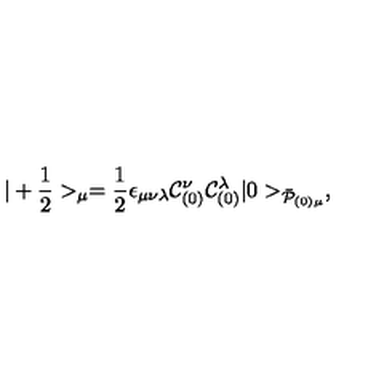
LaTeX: | + { \frac { 1 } { 2 } } > _ { \mu } = { \frac { 1 } { 2 } } \epsilon _ { \mu \nu \lambda } { \cal C } _ { ( 0 ) } ^ { \nu } { \cal C } _ { ( 0 ) } ^ { \lambda } | 0 > _ { \bar { \cal P } _ { ( 0 ) \mu } } ,